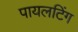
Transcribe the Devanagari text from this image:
पायलटिंग